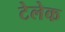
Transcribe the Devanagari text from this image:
टेलेक